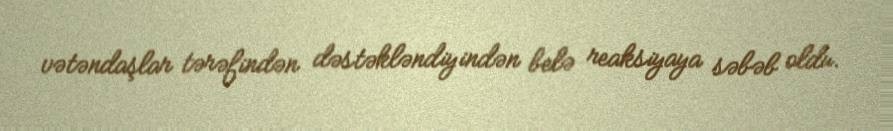
vətəndaşlar tərəfindən dəstəkləndiyindən belə reaksiyaya səbəb oldu.